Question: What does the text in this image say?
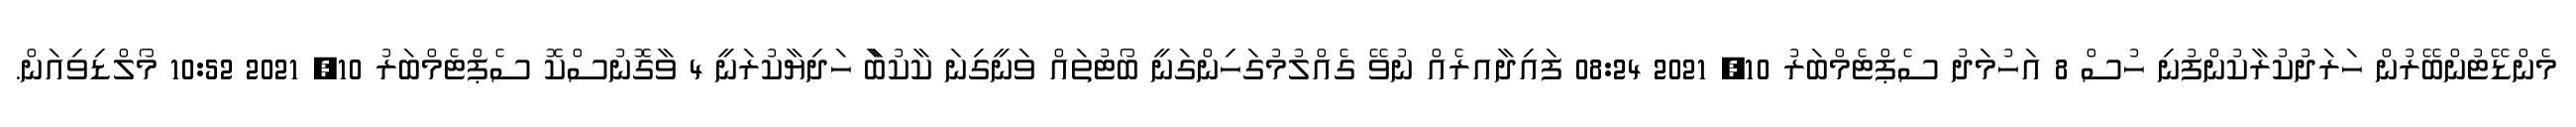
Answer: މެންޑޭޓުންބޭރުން ހަރަދުކުރާކުންފުނި ހުސް 8 އަހުމަދު ސެޕްޓެމްބަރު 10, 2021 08:24 ފައިދާއރެއް ނުވޭ ގެއްލުމުގަހިންގަނީ ބޯޓުތައް ވަނީގިނަ ކާކުބަާ ހަދިޔާކުރަނީ 4 ވާގޮނުސްކޮ ސެޕްޓެމްބަރު 10, 2021 10:52 މޯލްޑިވިއަން.